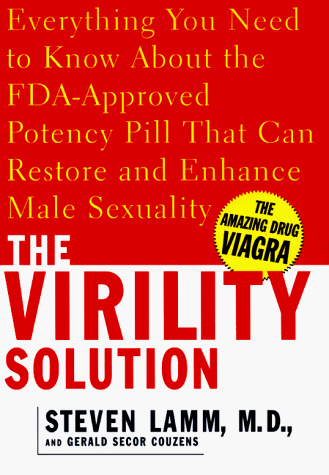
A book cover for The Virility Solution; Steven Lamm; Health, Fitness & Dieting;